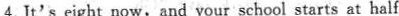
4.It's eight now,and your school starts at half